Vaccination in Bombay 1924-1928 - 1924-1928
Year: 1924
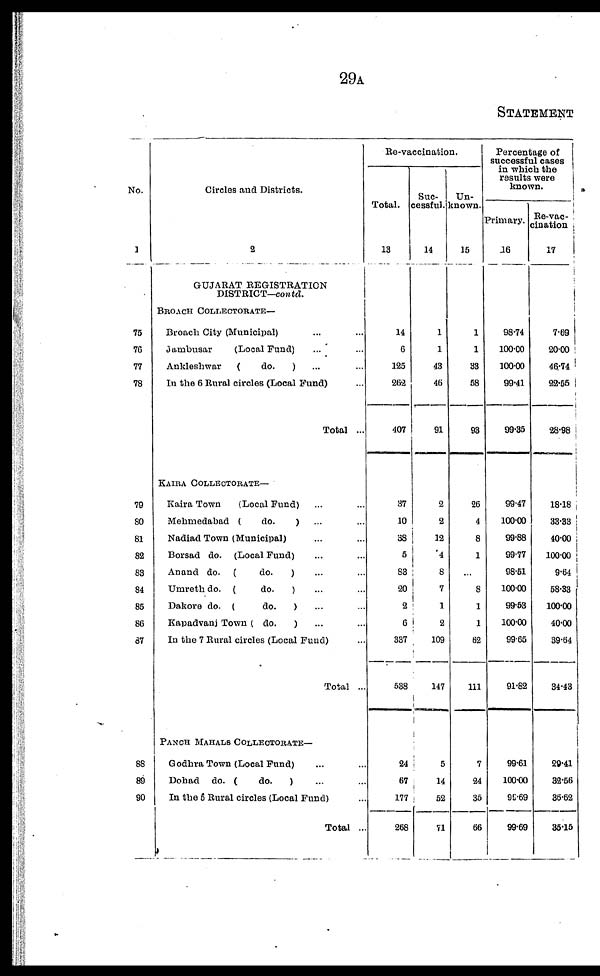
29A
STATEMENT
No.
1
75
76
77
78
79
80
81
82
83
84
85
86
87
88
89
90
Circles and Districts.
2
GUJARAT REGISTRATION
DISTRICT—contd.
BROACH COLLECTORATE—
Broach City (Municipal) ... ...
Jambusar
(Local Fund) ... ...
Ankleshwar
(
do.
) ... ...
In the 6 Rural circles (Local Fund) ...
Total ...
KAIRA COLLECTORATE—
Kaira Town
(Local Fund) ... ...
Mehmedabad (
do.
) ... ...
Nadiad Town (Municipal) ... ...
Borsad do. (Local Fund) ... ...
Anand do. (
do.
) ... ...
Umreth do. (
do.
) ... ...
Dakore do. (
do.
) ... ...
Kapadvanj Town ( do.
) ... ...
In the 7 Rural circles (Local Fund) ...
Total ..
PANCH MAHALS COLLECTORATE—
Godhra Town (Local Fund) ... ...
Dohad do. (
do.
) ... ...
In the 5 Rural circles (Local Fund) ...
Total ...
Re-vaccination.
Total.
13
14
6
125
262
407
37
10
38
5
83
20
2
6
337
538
24
67
177
268
Suc-
cessful.
14
1
1
43
46
91
2
2
12
4
8
7
1
2
109
147
5
14
52
71
Un-
known.
15
1
1
33
58
93
26
4
8
1
...
8
1
1
62
111
7
24
35
66
Percentage of
successful cases
in which the
results were
known.
Primary.
16
98.74
100.00
100.00
99.41
99.35
99.47
100.00
99.88
99.77
98.51
100.00
99.53
100.00
99.65
91.82
99.61
100.00
99.69
99.69
Re-vac¬
cination
17
7.69
20.00
46.74
22.55
28.98
18.18
33.33
40.00
100.00
9.64
58.33
100.00
40.00
39.64
34.43
29.41
32.56
36.62
35.15